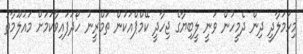
މިހަމަލާދީ ދިން ދެމީހުން ވަނީ ލީބިޔާގެ ޖިހާދީ ކޭމްޕްއަކުން ތަމްރީނު ހޯދަފައިވާކަމަށް މައުލޫމާތު